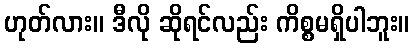
ဟုတ်လား။ ဒီလို ဆိုရင်လည်း ကိစ္စမရှိပါဘူး။